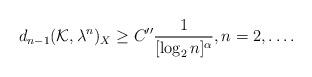
LaTeX: \begin{align*}d_{n-1}({\mathcal K},\lambda^n)_X\geq C'' \frac{1}{[\log_2 n]^\alpha},n=2,\ldots .\end{align*}